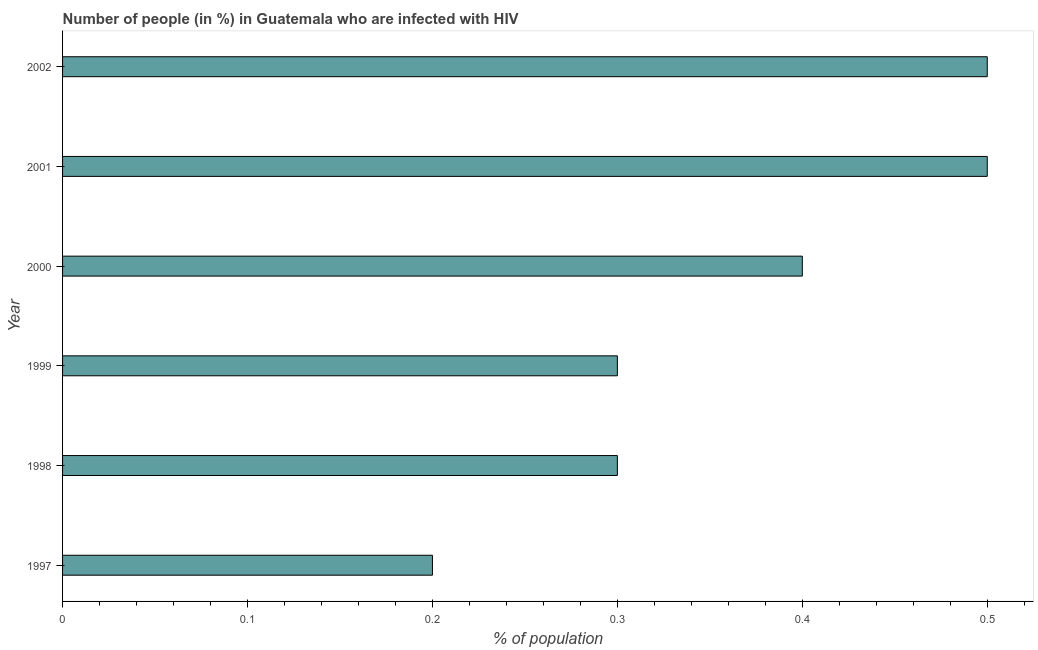
| Year | Infected with HIV |
 | --- | --- |
 | 1997 | 0.2 |
 | 1998 | 0.3 |
 | 1999 | 0.3 |
 | 2000 | 0.4 |
 | 2001 | 0.5 |
 | 2002 | 0.5 |